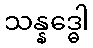
သန္နဒ္ဓေါ